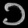
Digit: ၁